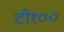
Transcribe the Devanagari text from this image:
टी१००